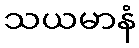
သယမာနံ